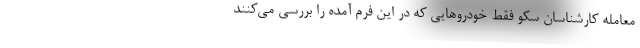
معامله کارشناسان سکو فقط خودروهایی که در این فرم آمده را بررسی می‌کنند